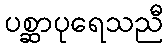
ပစ္ဆာပုရေသညီ